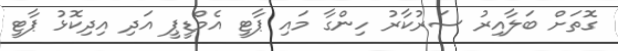
ގޮތަށް ބަލާއިރު ސަރުކާރު ހިންގާ މައި ޕާޓީ އެމްޑީޕީ އަދި އިދިކޮޅު ޕާޓީ